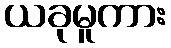
ယခုမူကား